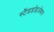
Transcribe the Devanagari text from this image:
स्टैंडर्डाइजेशन